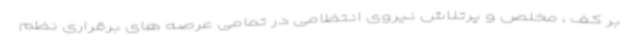
بر کف ، مخلص و پرتلاش نیروی انتظامی در تمامی عرصه های برقراری نظم